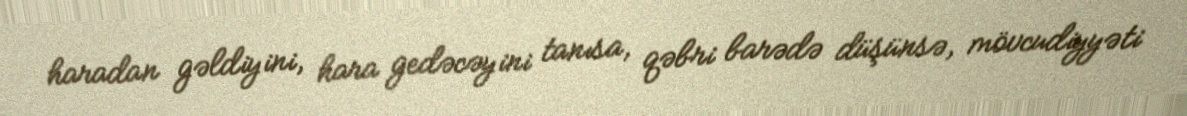
haradan gəldiyini, hara gedəcəyini tanısa, qəbri barədə düşünsə, mövcudiyyəti